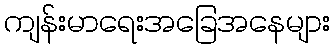
ကျန်းမာရေးအခြေအနေများ